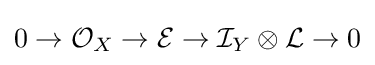
0\to {\mathcal {O}}_{X}\to {\mathcal {E}}\to {\mathcal {I}}_{Y}\otimes {\mathcal {L}}\to 0